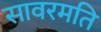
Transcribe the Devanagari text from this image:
सावरमति